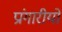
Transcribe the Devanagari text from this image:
प्रांगारीयों